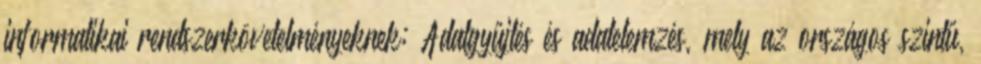
informatikai rendszerkövetelményeknek; Adatgyűjtés és adatelemzés, mely az országos szintű,